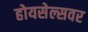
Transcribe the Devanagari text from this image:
होयसेल्सवर